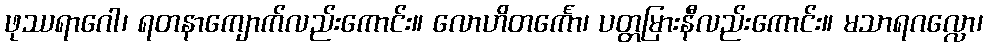
ဖုဿရာဂေါ၊ ရတနာကျောက်လည်းကောင်း။ လောဟိတင်္ကော၊ ပတ္တမြားနီလည်းကောင်း။ မသာရဂလ္လော၊